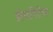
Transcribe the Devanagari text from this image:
डोणगिरीचा